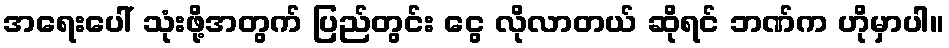
အရေးပေါ် သုံးဖို့အတွက် ပြည်တွင်း ငွေ လိုလာတယ် ဆိုရင် ဘဏ်က ဟိုမှာပါ။